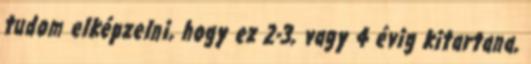
tudom elképzelni, hogy ez 2-3, vagy 4 évig kitartana,